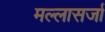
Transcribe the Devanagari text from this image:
मल्लासर्जा